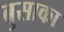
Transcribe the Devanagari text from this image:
बुसाका